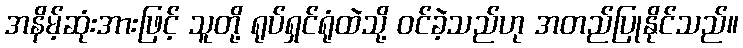
အနိမ့်ဆုံးအားဖြင့် သူတို့ ရုပ်ရှင်ရုံထဲသို့ ဝင်ခဲ့သည်ဟု အတည်ပြုနိုင်သည်။